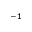
^ { - 1 }